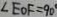
\angle E O F = 9 0 ^ { \circ }